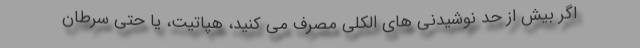
اگر بیش از حد نوشیدنی های الکلی مصرف می کنید، هپاتیت، یا حتی سرطان